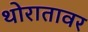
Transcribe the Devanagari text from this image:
थोरातावर